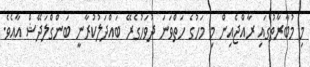
މި މުބާރާތުގައި ރާއްޖެއިން މި މަހުގެ ހަތްވަނަ ދުވަހުގެރޭ ބައްދަލުކުރާނީ ބަންގްލަދޭޝް އާއެވެ.